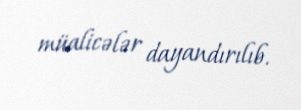
müalicələr dayandırılıb.